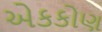
એકકોણ